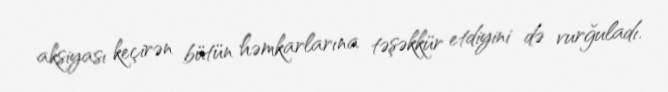
aksiyası keçirən bütün həmkarlarına təşəkkür etdiyini də vurğuladı.